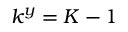
k ^ { y } = K - 1